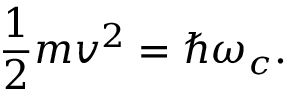
{ \frac { 1 } { 2 } } m v ^ { 2 } = \hbar \omega _ { c } .